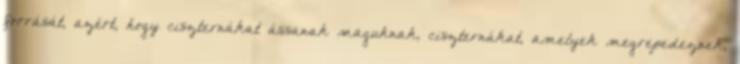
forrását, azért, hogy ciszternákat ássanak maguknak, ciszternákat, amelyek megrepedeznek,